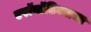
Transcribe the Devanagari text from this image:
एरॉनॉटिक्सचा